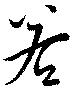
若